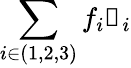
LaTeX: \sum_{i\in(1,2,3)}f_{i}\boldsymbol{\mathscr{f}}_{i}